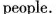
people.